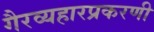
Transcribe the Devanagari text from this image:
गैरव्यहारप्रकरणी